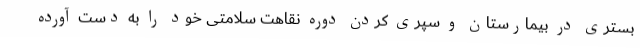
بستری در بیمارستان و سپری کردن دوره نقاهت سلامتی خود را به دست آورده